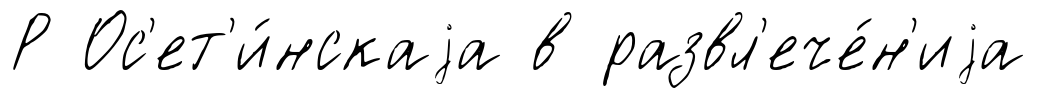
Р Ос'ет'и́нскаjа в развл'ече́н'иjа